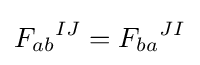
{F_{ab}}^{IJ}={F_{ba}}^{JI}